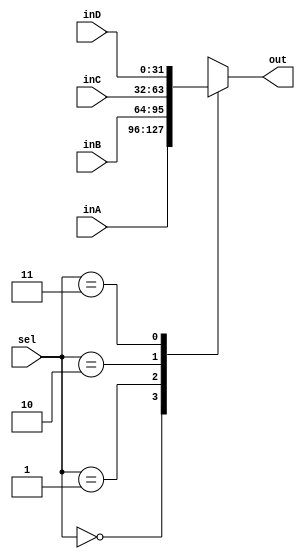
`timescale 1ns / 1ps
//////////////////////////////////////////////////////////////////////////////////
// Company: 
// Engineer: 
// 
// Design Name: 
// Module Name: Mux32Bit4To1
// Project Name: 
// Target Devices: 
// Tool Versions: 
// Description: 
// 
// Dependencies: 
// 
// Revision:
// Revision 0.01 - File Created
// Additional Comments:
// 
//////////////////////////////////////////////////////////////////////////////////


module Mux32Bit4To1(out, inA, inB, inC, inD, sel);

    output reg [31:0] out;
    
    input [31:0] inA, inB, inC, inD;
    input [1:0] sel;

    /* Fill in the implementation here ... */ 
    always @ * begin
        case (sel)
            2'b00: out <= inA;
            2'b01: out <= inB;
            2'b10: out <= inC;
            2'b11: out <= inD;
            default: out <= inA;
        endcase
    end
endmodule